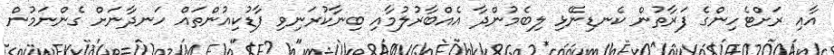
އާއި ރަށްޓެހިންގެ ފަރާތުން ކެނޑިނޭޅި ލިބެމުންދާ އެއްބާރުލުމާއި ބިނާކުރަނިވި ފާޑުކިއުންތައް ހަނދާނަށް ގެންނަމުން